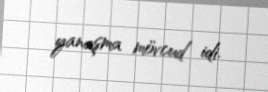
yanaşma mövcud idi.